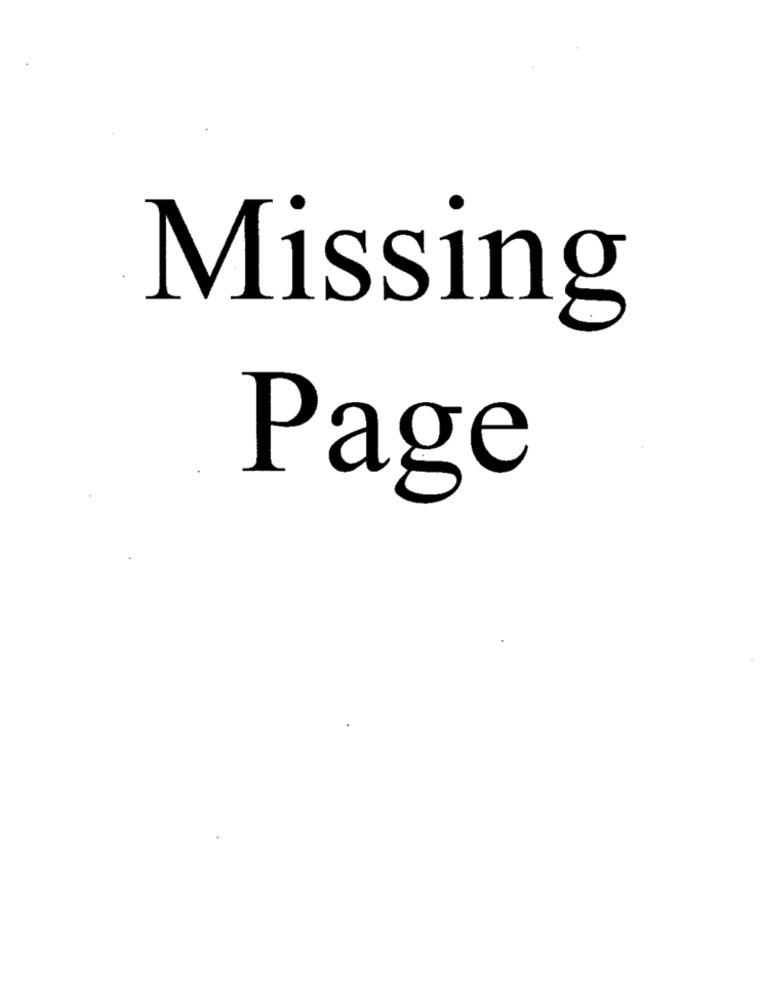
Missing
Page